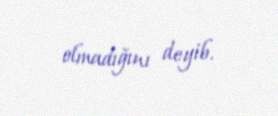
olmadığını deyib.